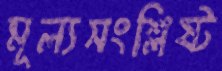
মূল্যসংশ্লিষ্ট